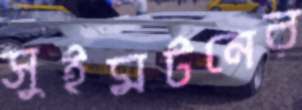
সুইমটনের